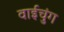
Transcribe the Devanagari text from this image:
वाईचुंग